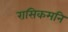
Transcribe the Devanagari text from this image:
रासिकमनि